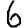
Digit: 6